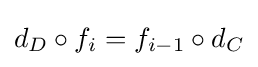
d_{D}\circ f_{i}=f_{i-1}\circ d_{C}